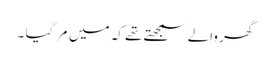
گھر والے سمجھتے تھے کہ میں مَر گیا ۔